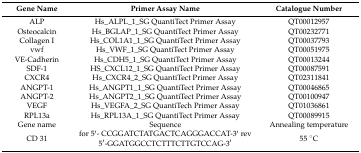
<table><thead><tr><td><b>Gene Name</b></td><td><b>Primer Assay Name</b></td><td><b>Catalogue Number</b></td></tr></thead><tbody><tr><td>ALP</td><td>Hs_ALPL_1_SG QuantiTect Primer Assay</td><td>QT00012957</td></tr><tr><td>Osteocalcin</td><td>Hs_BGLAP_1_SG QuantiTect Primer Assay</td><td>QT00232771</td></tr><tr><td>Collagen I</td><td>Hs_COL1A1_1_SG QuantiTect Primer Assay</td><td>QT00037793</td></tr><tr><td>vwf</td><td>Hs_VWF_1_SG QuantiTect Primer Assay</td><td>QT00051975</td></tr><tr><td>VE-Cadherin</td><td>Hs_CDH5_1_SG QuantiTect Primer Assay</td><td>QT00013244</td></tr><tr><td>SDF-1</td><td>HS_CXCL12_1_SG QuantiTect Primer Assay</td><td>QT00087591</td></tr><tr><td>CXCR4</td><td>Hs_CXCR4_2_SG QuantiTect Primer Assay</td><td>QT02311841</td></tr><tr><td>ANGPT-1</td><td>Hs_ANGPT1_1_SG QuantiTect Primer Assay</td><td>QT00046865</td></tr><tr><td>ANGPT-2</td><td>Hs_ANGPT2_1_SG QuantiTect Primer Assay</td><td>QT00100947</td></tr><tr><td>VEGF</td><td>Hs_VEGFA_2_SG QuantiTech Primer Assay</td><td>QT01036861</td></tr><tr><td>RPL13a</td><td>Hs_RPL13A_1_SG QuantiTect Primer Assay</td><td>QT00089915</td></tr><tr><td>Gene name</td><td>Sequence</td><td>Annealing temperature</td></tr><tr><td>CD 31</td><td>for 5′- CCGGATCTATGACTCAGGGACCAT-3′ rev 5′-GGATGGCCTCTTTCTTGTCCAG-3′</td><td>55 °C</td></tr></tbody></table>